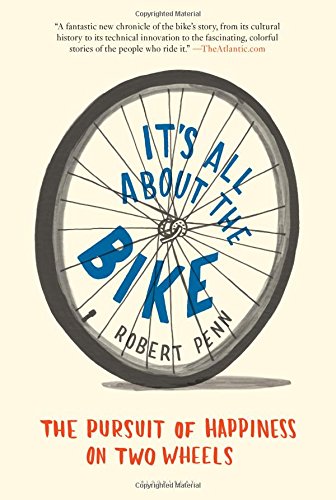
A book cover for It's All About the Bike: The Pursuit of Happiness on Two Wheels; Robert Penn; Sports & Outdoors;